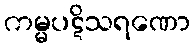
ကမ္မပဋိသရဏော